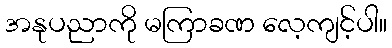
အနုပညာကို မကြာခဏ လေ့ကျင့်ပါ။